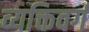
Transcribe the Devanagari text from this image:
व्यक्तिवर्ग